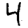
Digit: 4